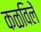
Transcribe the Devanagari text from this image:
कळविलें